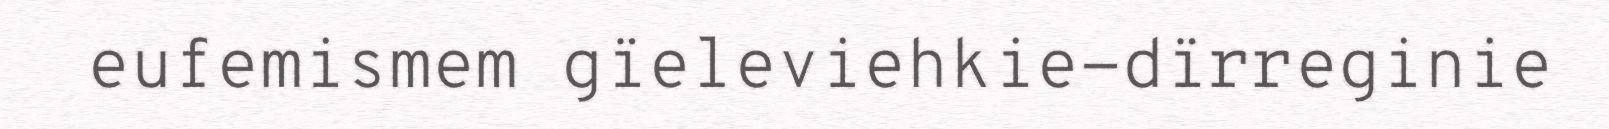
eufemismem gïeleviehkie-dïrreginie